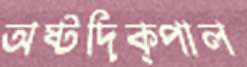
অষ্টদিক্‌পাল